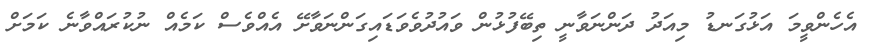
އެހެންވީމަ އަޅުގަނޑު މިއަދު ދަންނަވާނީ ތިބޭފުޅުން ވައުދުވެވަޑައިގަންނަވާށޭ އެއްވެސް ކަމެއް ނުކުރައްވާނެ ކަމަށް